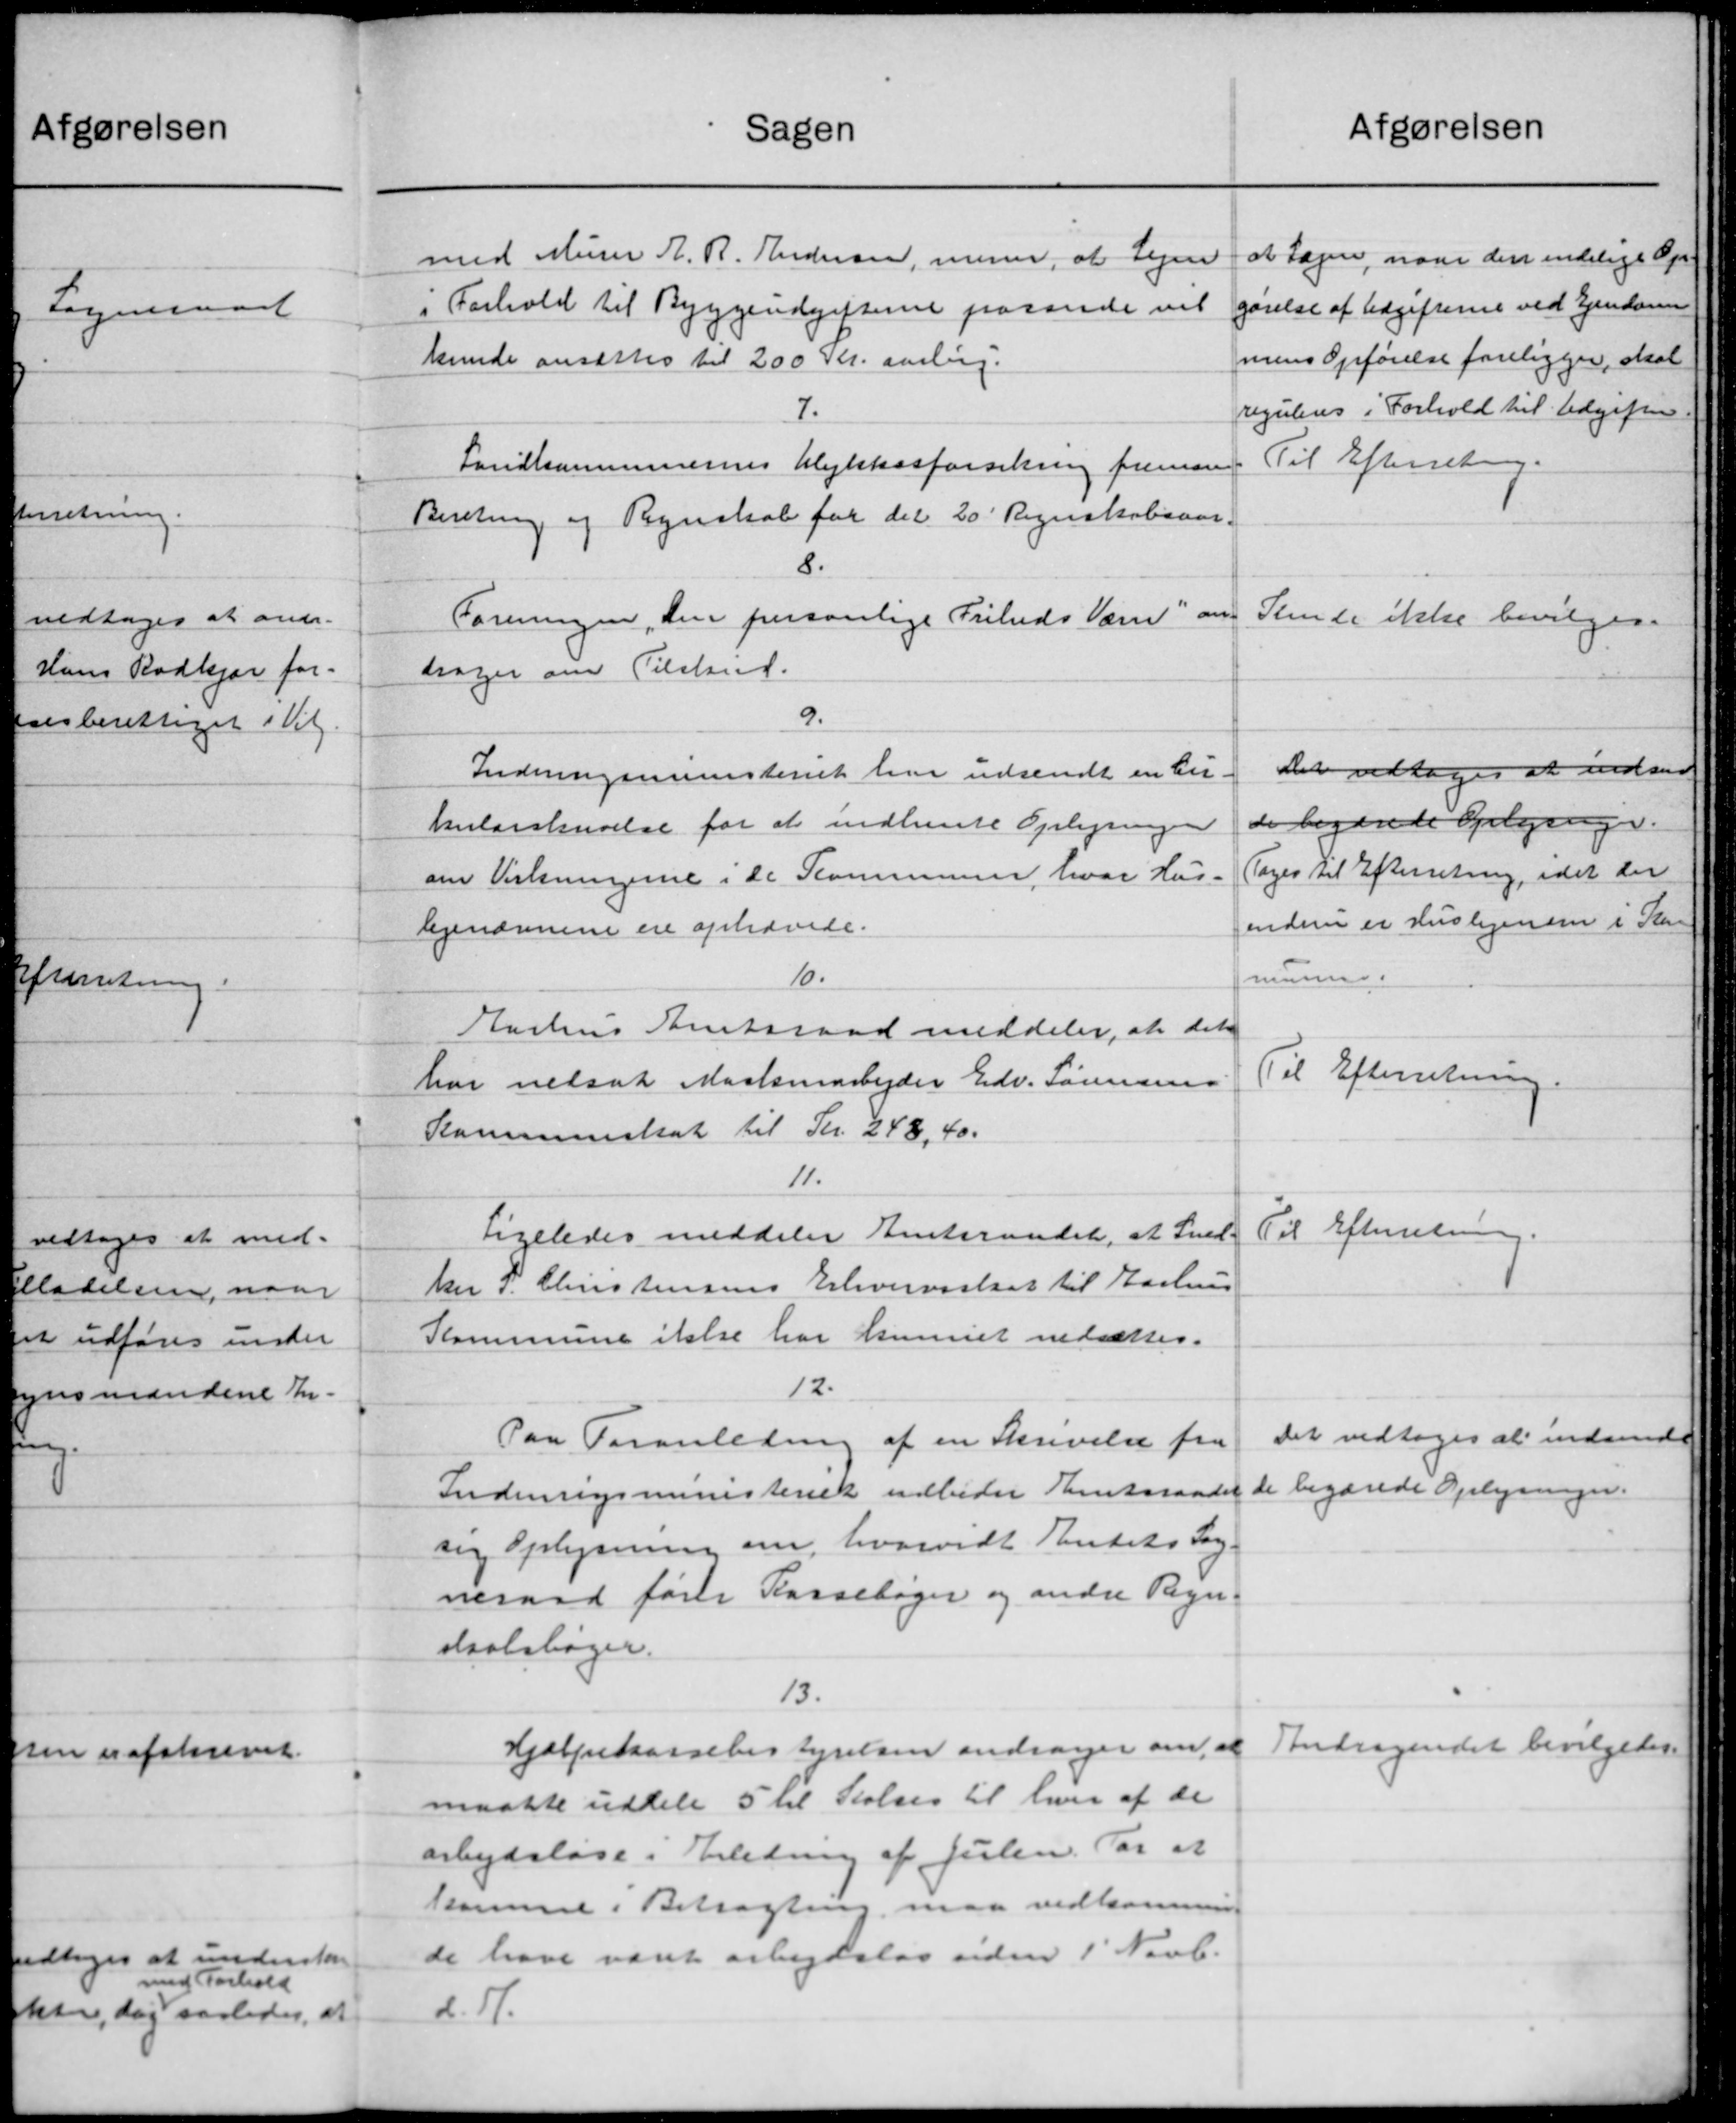
Transskription:
Sagen
med Murer A. R. Andersen, mener, at Lejen
i Forhold til Byggeudgifterne passede vil
kunde ansættes til 200 Kr. aarling.
7.
Landkommunernes Ulykkesforsikring fremsen
Beretning og Regnskab for det 20 Regnskabsaar
8.
Foreningen, den personlige Friheds Værn" an-
høger om Tilskud.
9.
Indenrigsministeriet har udsendt en Cir-
tularskrivelse for at indhente Oplysningen
om Virkningerne i de Kommunen, hvor Hus-
lejenævnene ere ophævede.
10.
Aarhus Amtsraad meddeler, at det
har nedsat Maskinarbejder Edv. Sørensen
Kommuneskat til Kr. 248,40.
11.
Ligeledes meddeler Amtsraadet, at Sned-
ker P. Christensens Erhvervsskat til Aarhus
Kommune ikke har kunnet nedsættes.
12.
Paa Foranledning af en Skrivelse fra
Indenrigsministeriet udbeder Amtsraadet de
sig Oplysning om, hvorvidt Rentets Sog-
neraad førte Kassebøger og andre Regn-
skaalsbøger.
13.
Hjælpekassebestyrelsen andrager om, at
maatte uddele 5 til Stelses til hver af de
arbejdsløse i Anledning af Julen. For at
komme i Betragtning maa vedkommen
de have været arbejdsløs siden 1 Novb.
d. 1.